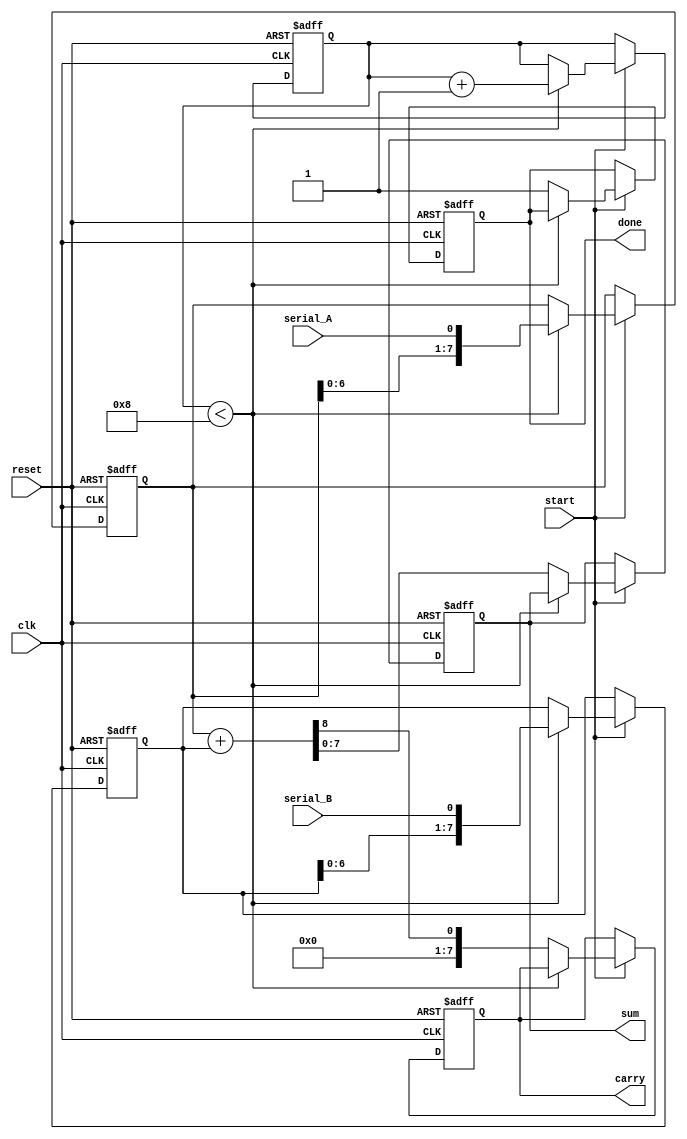
module CarrySaveAdder (
    input wire clk,
    input wire reset,
    input wire serial_A,  // Serial input for A
    input wire serial_B,  // Serial input for B
    input wire start,     // Control signal to start the addition
    output reg [7:0] sum, // Sum output
    output reg [7:0] carry, // Carry output
    output reg done       // Indicates completion of addition
);

    // Internal registers to hold the current state of A and B
    reg [7:0] A, B;         // Shift registers for A and B
    reg [3:0] bit_count;    // To count the number of bits received
    reg [7:0] temp_sum;     // Temporary sum
    reg [7:0] temp_carry;   // Temporary carry

    // Sequential logic for receiving serial inputs
    always @(posedge clk or posedge reset) begin
        if (reset) begin
            A <= 8'b0;
            B <= 8'b0;
            bit_count <= 4'b0;
            done <= 1'b0;
            sum <= 8'b0;
            carry <= 8'b0;
        end else if (start) begin
            if (bit_count < 8) begin
                // Shift in the bits for A and B
                A <= {A[6:0], serial_A}; // Shift A left and add new serial_A bit
                B <= {B[6:0], serial_B}; // Shift B left and add new serial_B bit
                bit_count <= bit_count + 1;
            end else begin
                // Perform final addition once all bits are received
                {temp_carry, temp_sum} = A + B; // Final addition of A and B
                carry <= temp_carry; // Store the carry
                sum <= temp_sum;     // Store the sum
                done <= 1'b1;        // Indicate completion
            end
        end
    end

endmodule